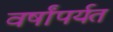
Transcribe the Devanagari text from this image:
वर्षांपर्यत